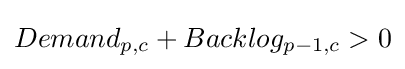
Demand_{p,c}+Backlog_{p-1,c}>0